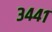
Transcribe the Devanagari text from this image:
३४४१